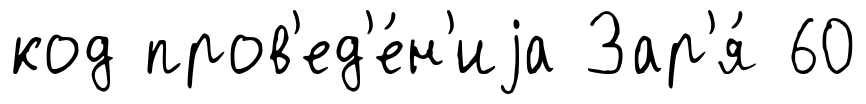
код пров'ед'е́н'иjа Зар'я́ 60